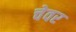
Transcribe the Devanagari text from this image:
चेवर